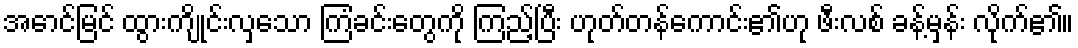
အောင်မြင် ထွားကျိုင်းလှသော ကြံခင်းတွေကို ကြည့်ပြီး ဟုတ်တန်ကောင်း၏ဟု ဖီးလစ် ခန့်မှန်း လိုက်၏။